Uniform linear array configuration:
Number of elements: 64
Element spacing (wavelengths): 0.75
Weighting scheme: blackman
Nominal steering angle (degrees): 60
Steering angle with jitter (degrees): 60.607
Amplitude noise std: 0.05
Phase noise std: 0.05

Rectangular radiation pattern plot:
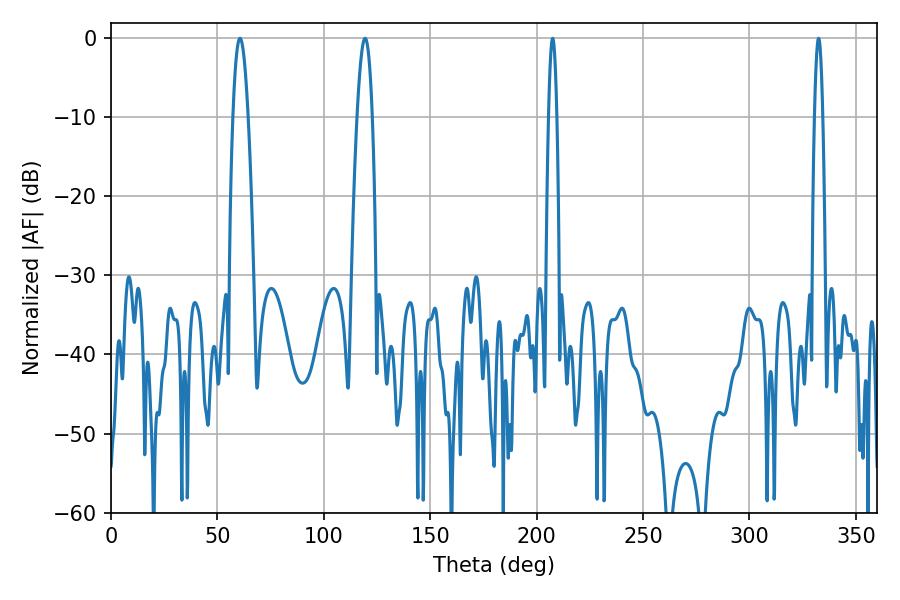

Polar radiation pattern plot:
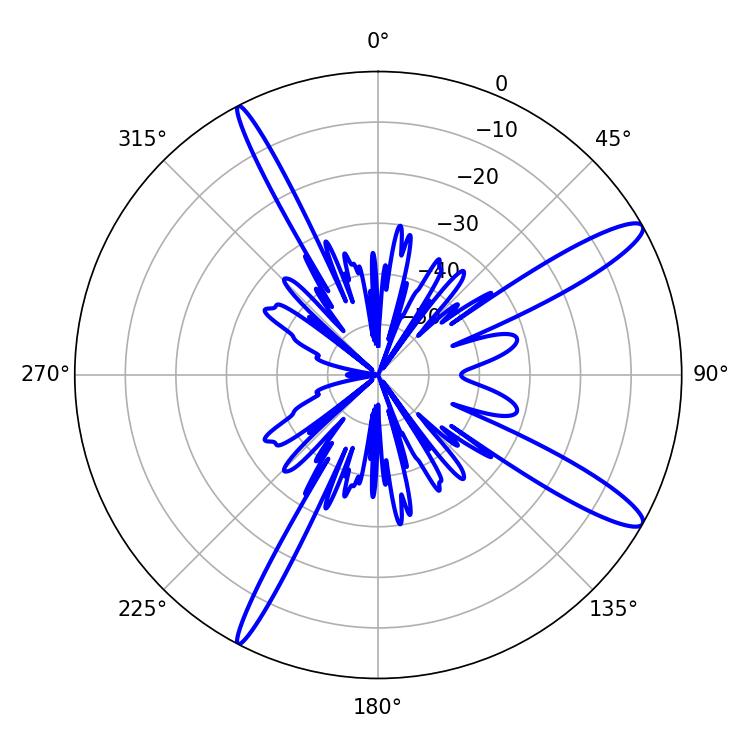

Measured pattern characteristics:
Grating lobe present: TRUE
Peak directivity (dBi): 13.369
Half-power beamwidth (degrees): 2.16
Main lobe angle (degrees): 332.46